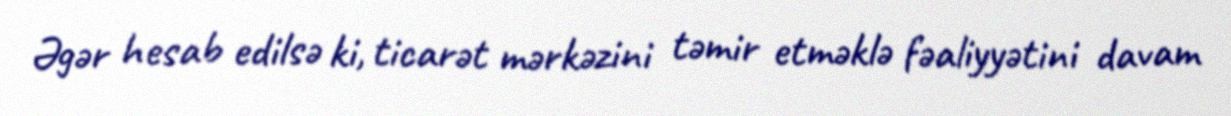
Əgər hesab edilsə ki, ticarət mərkəzini təmir etməklə fəaliyyətini davam